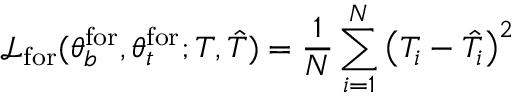
\mathcal { L } _ { \mathrm { { f o r } } } ( \theta _ { b } ^ { \mathrm { { f o r } } } , \theta _ { t } ^ { \mathrm { { f o r } } } ; T , \hat { T } ) = \frac { 1 } { N } \sum _ { i = 1 } ^ { N } \left( T _ { i } - \hat { T } _ { i } \right) ^ { 2 }